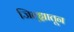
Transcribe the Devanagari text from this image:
जिल्ह्य़ातून